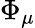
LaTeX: \Phi_{\mu}